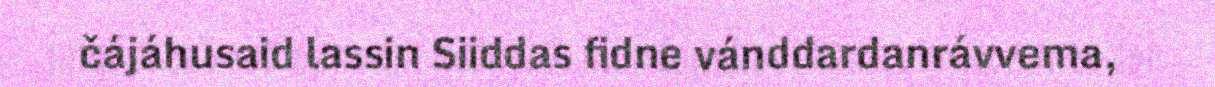
čájáhusaid lassin Siiddas fidne vánddardanrávvema,